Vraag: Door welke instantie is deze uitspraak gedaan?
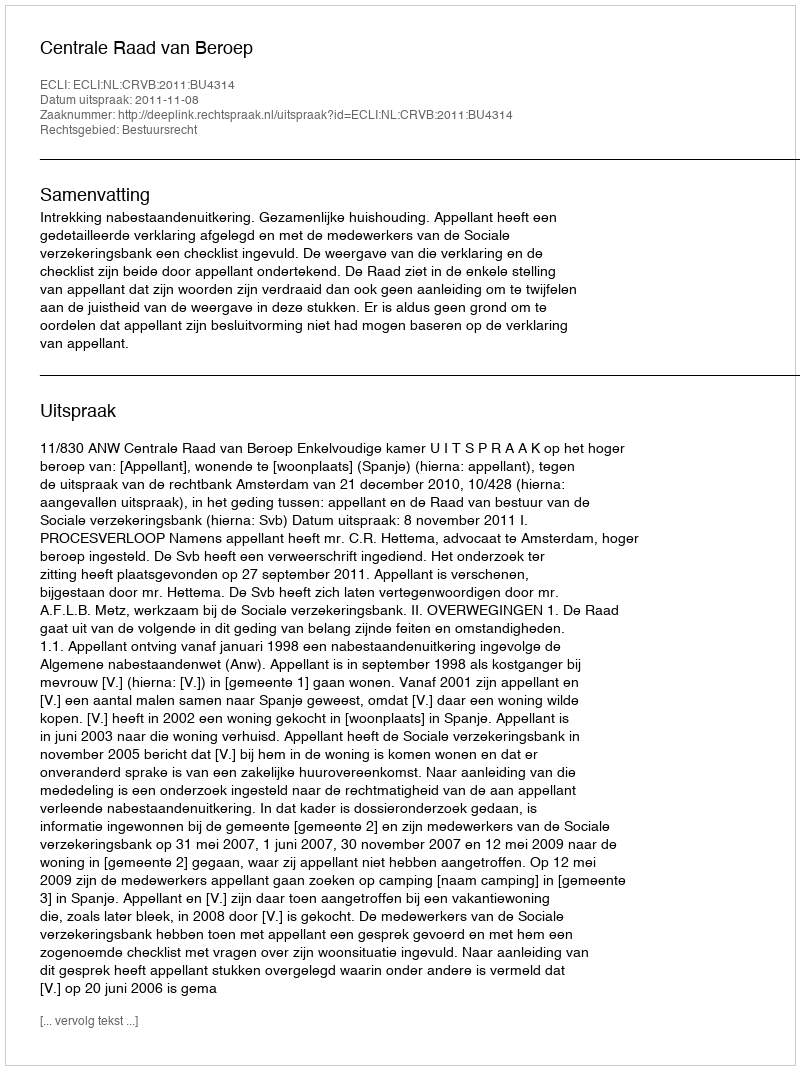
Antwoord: Centrale Raad van Beroep